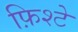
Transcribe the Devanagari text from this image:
फ़िश्टे